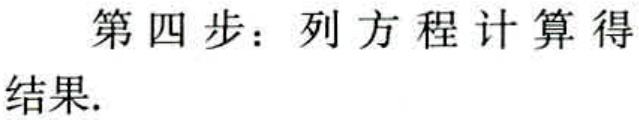
第四步：列方程计算得结果.